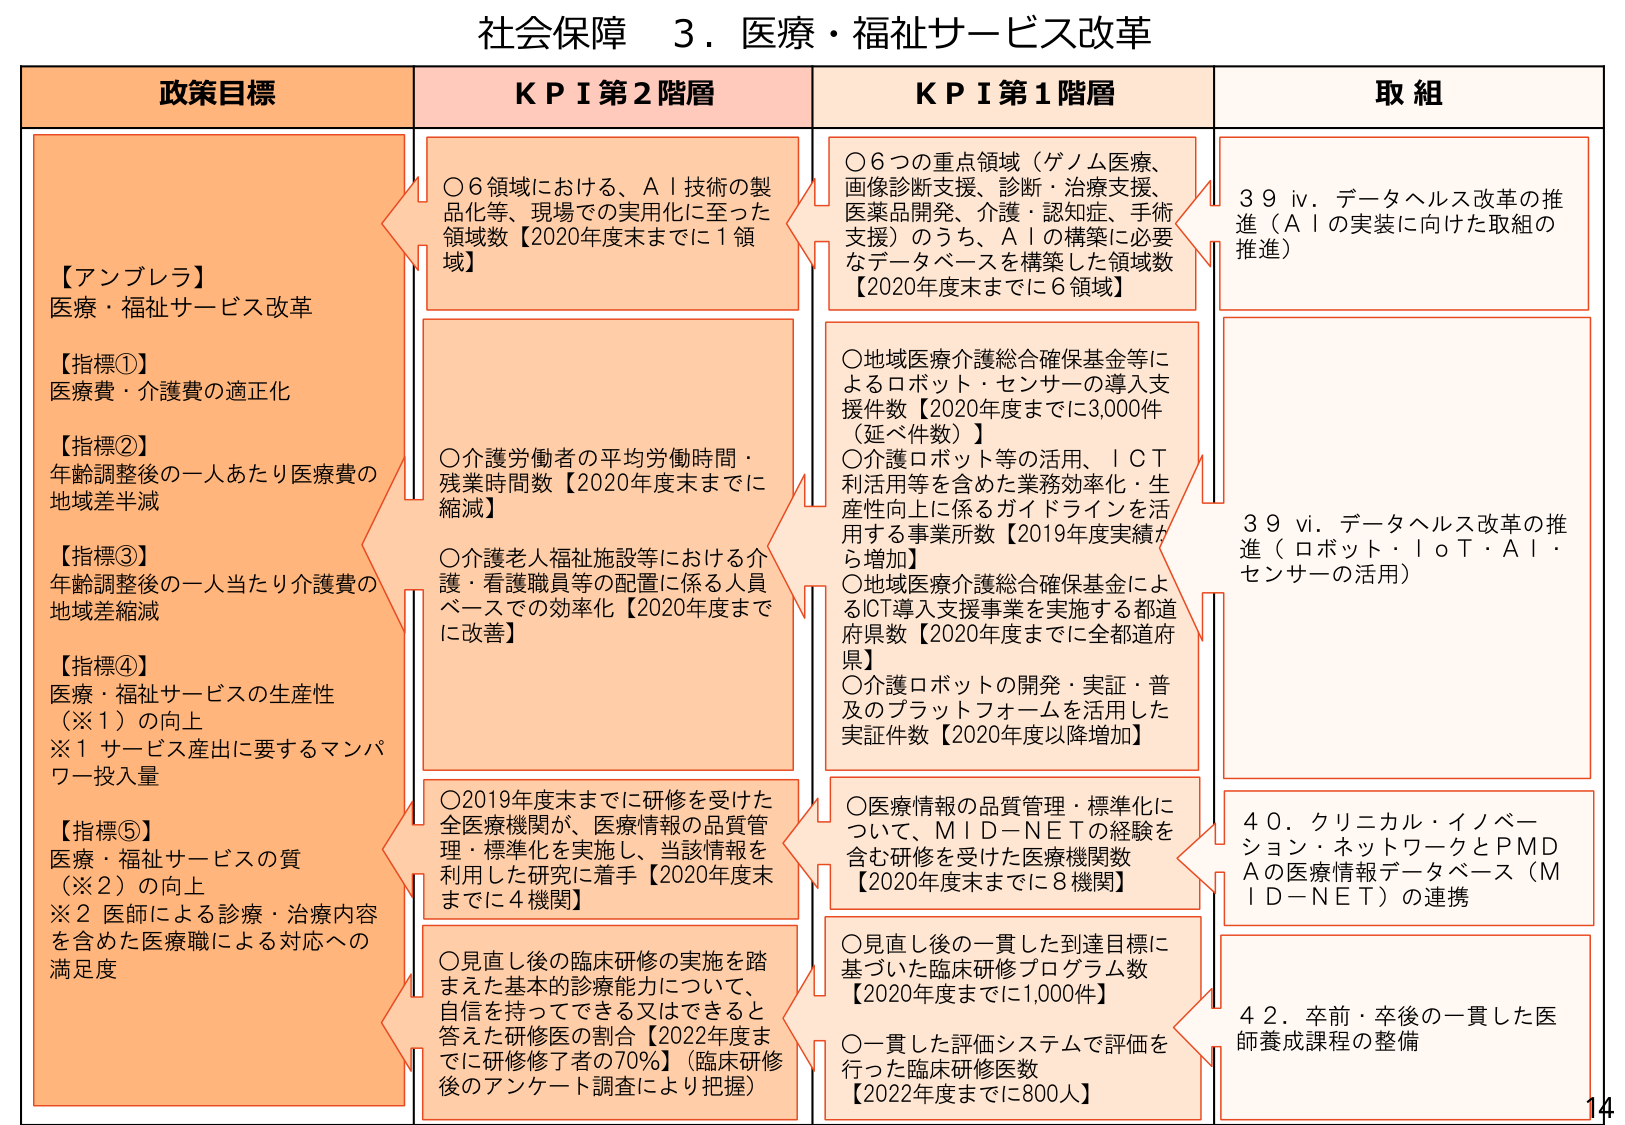
社会保障 ３．医療・福祉サービス改革

政策目標
【アンブレラ】
医療・福祉サービス改革
【指標①】
医療費・介護費の適正化
【指標②】
年齢調整後の一人あたり医療費の
地域差削減
【指標③】
年齢調整後の一人当たり介護費の
地域差縮減
【指標④】
医療・福祉サービスの生産性
（※1）の向上
※1 サービス産出に要するマンパ
ワー投入量
【指標⑤】
医療・福祉サービスの質
（※2）の向上
※2 医師による診療・治療内容
を含めた医療職による対応への
満足度

KPI 第2階層
○6領域における、ＡＩ技術の製
品化等、現場での実用化に至った
領域数【2020年度末までに1領域】
○介護労働者の平均労働時間・
残業時間数【2020年度末までに
縮減】
○介護老人福祉施設等における介
護・看護職員等の配置に係る人員
ベースでの効率化【2020年度まで
に改善】
○2019年度末までに研修を受けた
全医療機関が、医療情報の品質管
理・標準化を実施し、当該情報を
利用した研究に着手【2020年度末
までに4機関】
○見直し後の臨床研修の実施を踏
まえた基本的診療能力について、
自信を持ってできる又はできると
答えた研修医の割合【2022年度ま
でに研修修了者の70％】（臨床研修
後のアンケート調査により把握）

KPI 第1階層
○6つの重点領域（ゲノム医療、
画像診断支援、診断・治療支援、
医薬品開発、介護・認知症、手術
支援）のうち、ＡＩの構築に必要
なデータベースを構築した領域数
【2020年度末までに6領域】
○地域医療介護総合確保基金等に
よるロボット・センサーの導入支
援件数【2020年度までに3,000件
（延べ件数）】
○介護ロボット等の活用、ＩＣＴ
利用等を含めた業務効率化・生
産性向上に係るガイドラインを活
用する事業所数【2019年度実績か
ら増加】
○地域医療介護総合確保基金によ
るICT導入支援事業を実施する都道
府県数【2020年度までに全都道府
県】
○介護ロボットの開発・実証・普
及のプラットフォームを活用した
実証件数【2020年度以降増加】
○医療情報の品質管理・標準化に
ついて、ＭＩＤ－ＮＥＴの経験を
含む研修を受けた医療機関数
【2020年度末までに8機関】
○見直し後の一貫した到達目標に
基づいた臨床研修プログラム数
【2020年度までに1,000件】
○一貫した評価システムで評価を
行った臨床研修医数
【2022年度までに800人】

取組
39 iv．データヘルス改革の推
進（ＡＩの実装に向けた取組の
推進）
39 vi．データヘルス改革の推
進（ロボット・ＩｏＴ・ＡＩ・
センサーの活用）
40．クリニカル・イノベー
ション・ネットワークとＰＭＤ
Ａの医療情報データベース（Ｍ
ＩＤ－ＮＥＴ）の連携
42．卒前・卒後の一貫した医
師養成課程の整備

14